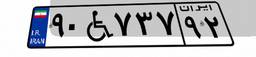
۷۱W۱۲۷۴۴